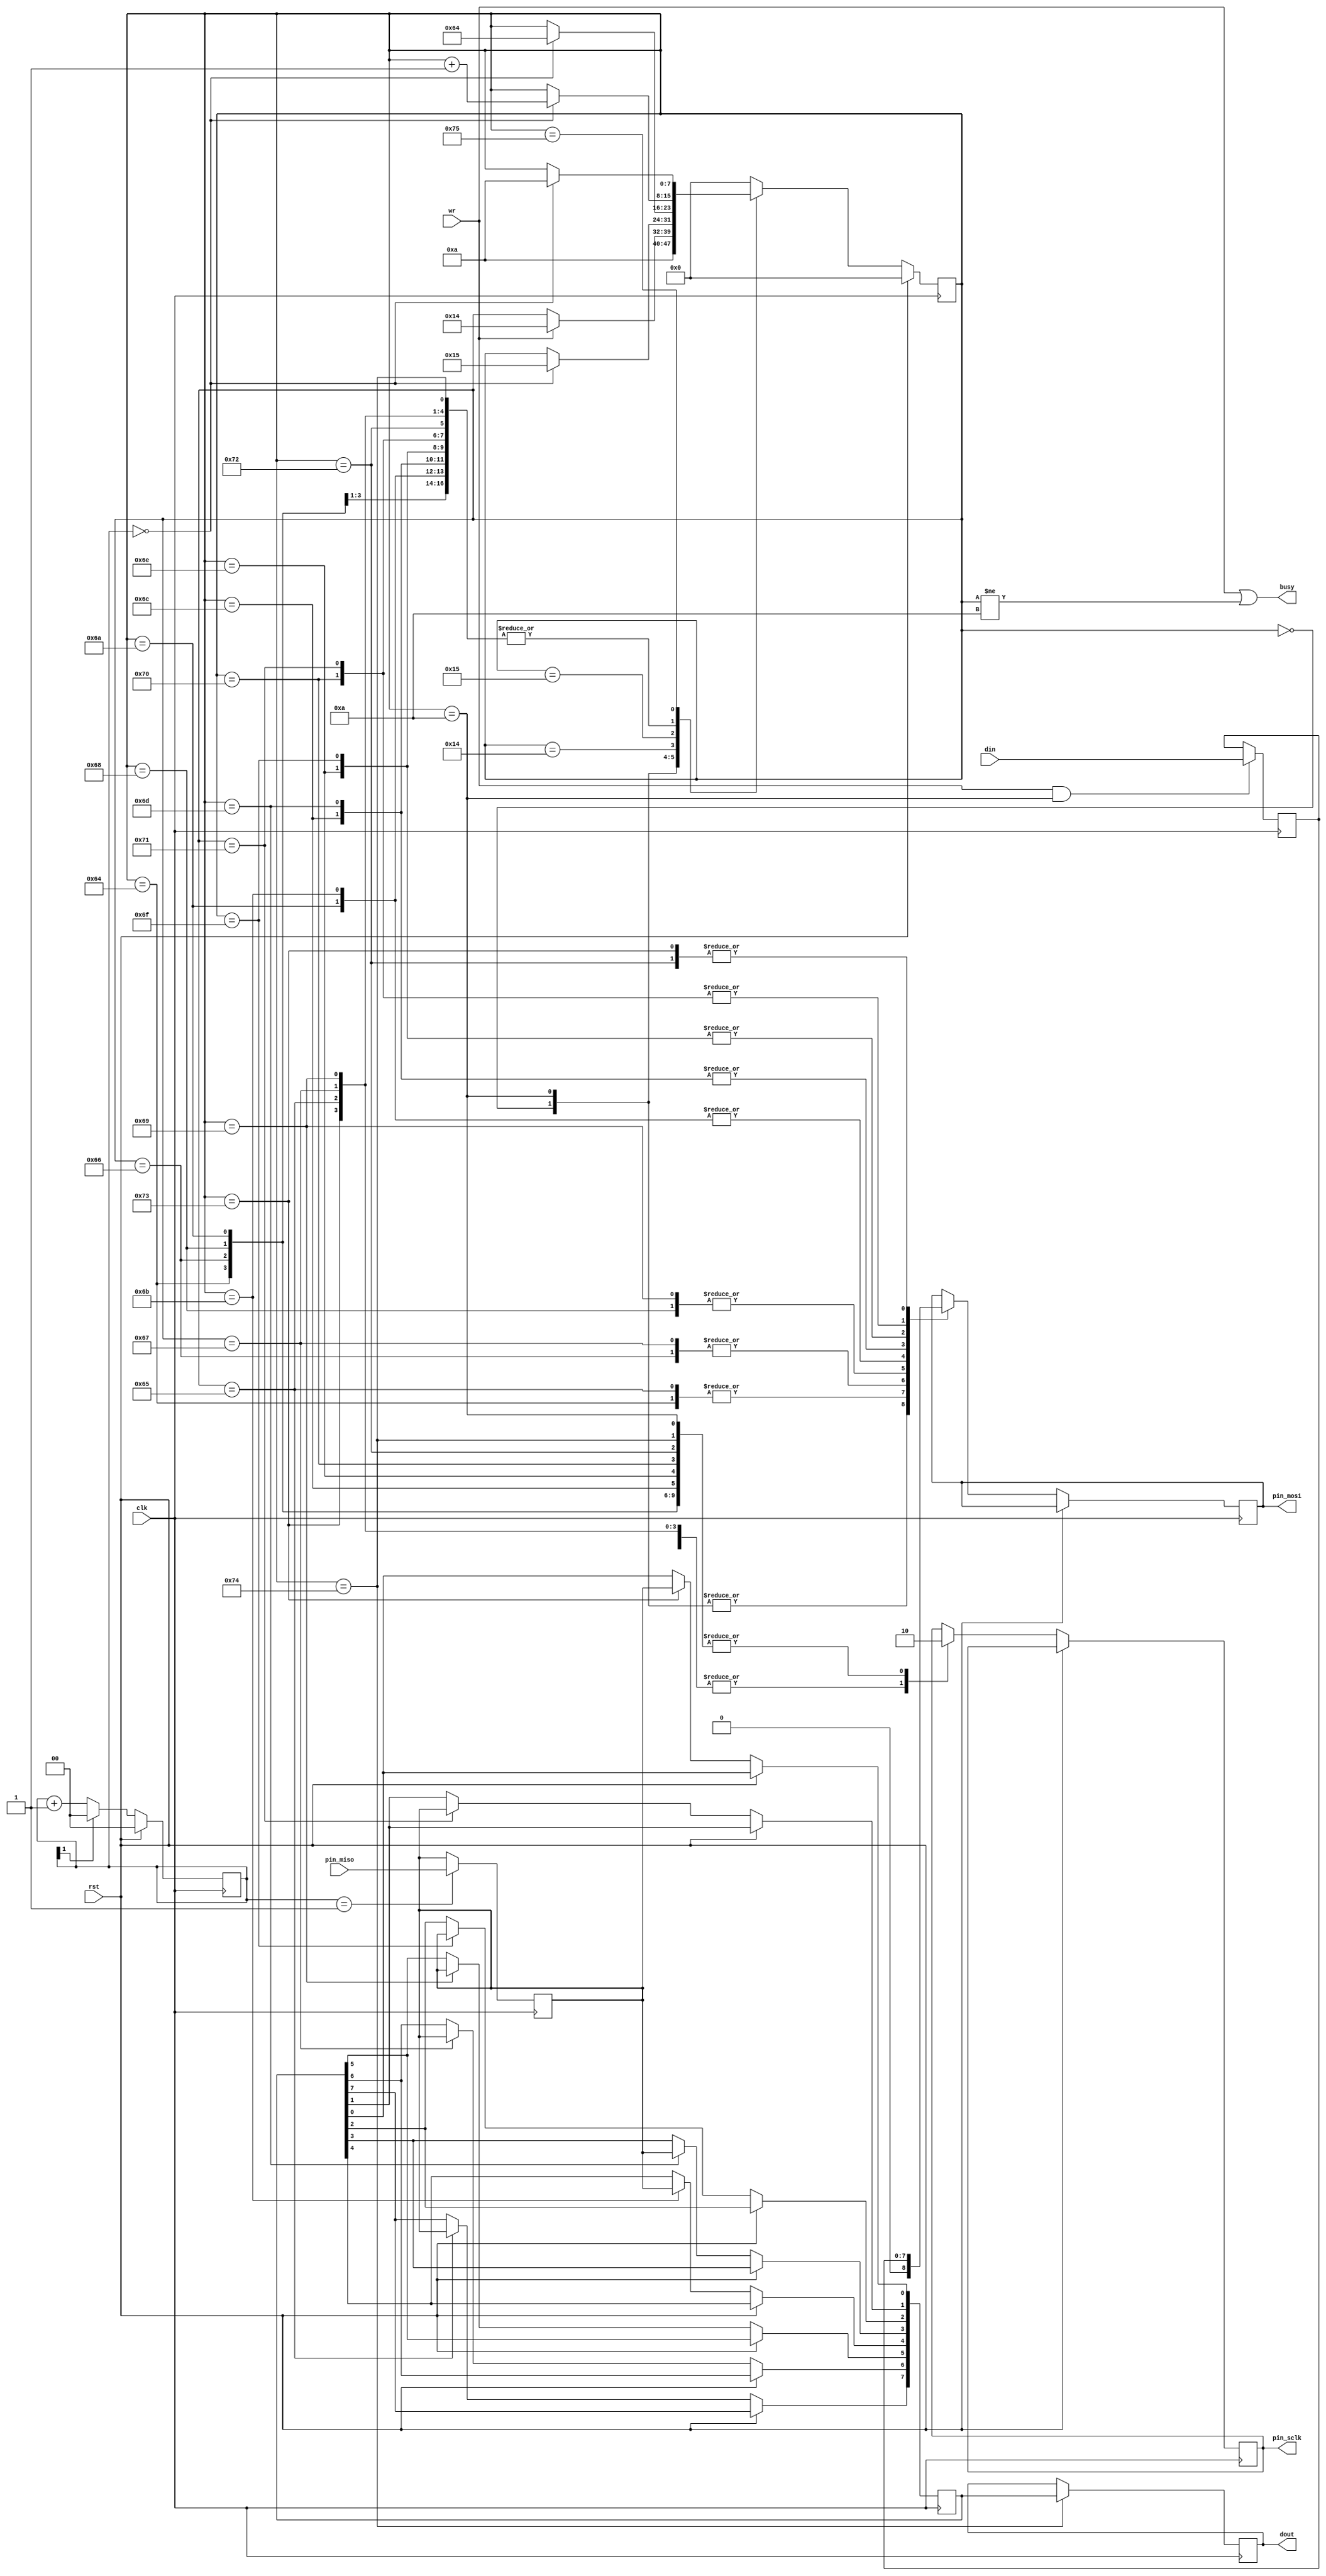

/*

w25_spi_master w25_spi_master (
.clk       (   ) , 
.rst       (   ) , 
.pin_mosi  (   ) , 
.pin_sclk  (   ) , 
.pin_miso  (   ) , 
.wr        (   ) , 
.busy      (   ) ,
.din       (   ) , 
.dout      (   )   
);

*/
module w25_spi_master (
input clk,rst,
output reg  pin_mosi,pin_sclk,
input pin_miso,
input wr,
output busy,
input [7:0] din,
output reg [7:0] dout 
);


//reg [1:0] d ; always @ (posedge clk) if (rst) d<=0; else d<=d+1;
reg [1:0] d ; always @ (posedge clk) if (rst) d<=0; else d<=(d[1])?0:(d+1);
wire move = d == 0; 

reg [7:0] st ;
reg [7:0] out_r8; always@(posedge clk)  if (wr&st==10) out_r8 <= din ;
reg [7:0] in_r8 ; always@(posedge clk)  if (st==116  ) dout <= in_r8 ;
reg  pin_miso_r ; always@(posedge clk)  if (d==1) pin_miso_r<= pin_miso;

always@(posedge clk)  if (rst) st<=0; else case(st)

0  :  begin  st <= 10 ; pin_mosi<=0;pin_sclk<=0;end  

10 : begin   pin_mosi<=0;pin_sclk<=0; if (  wr  ) st<=20  ;end  
20 :   if ( move ) st<=21  ;
21 :   if ( move ) st<=100 ; 

100: begin   pin_sclk<=0;      pin_mosi<=  out_r8[7] ;  if (move) st<=st+1 ;    end 
101: begin   pin_sclk<=1;      pin_mosi<=  out_r8[7] ;  in_r8[7] <= pin_miso_r;if (move) st<=st+1 ;    end 

102: begin   pin_sclk<=0;      pin_mosi<=  out_r8[6] ;  if (move) st<=st+1 ;    end 
103: begin   pin_sclk<=1;      pin_mosi<=  out_r8[6] ;  in_r8[6] <= pin_miso_r;if (move) st<=st+1 ;    end 

104: begin   pin_sclk<=0;      pin_mosi<=  out_r8[5] ;  if (move) st<=st+1 ;    end 
105: begin   pin_sclk<=1;      pin_mosi<=  out_r8[5] ;  in_r8[5] <= pin_miso_r;if (move) st<=st+1 ;    end 

106: begin   pin_sclk<=0;      pin_mosi<=  out_r8[4] ;  if (move) st<=st+1 ;    end 
107: begin   pin_sclk<=1;      pin_mosi<=  out_r8[4] ;  in_r8[4] <= pin_miso_r;if (move) st<=st+1 ;    end 

108: begin   pin_sclk<=0;      pin_mosi<=  out_r8[3] ;  if (move) st<=st+1 ;    end 
109: begin   pin_sclk<=1;      pin_mosi<=  out_r8[3] ;  in_r8[3] <= pin_miso_r;if (move) st<=st+1 ;    end 

110: begin   pin_sclk<=0;      pin_mosi<=  out_r8[2] ;  if (move) st<=st+1 ;    end 
111: begin   pin_sclk<=1;      pin_mosi<=  out_r8[2] ;  in_r8[2] <= pin_miso_r;if (move) st<=st+1 ;    end 

112: begin   pin_sclk<=0;      pin_mosi<=  out_r8[1] ;  if (move) st<=st+1 ;    end 
113: begin   pin_sclk<=1;      pin_mosi<=  out_r8[1] ;  in_r8[1] <= pin_miso_r;if (move) st<=st+1 ;    end 

114: begin   pin_sclk<=0;      pin_mosi<=  out_r8[0] ;  if (move) st<=st+1 ;    end 
115: begin   pin_sclk<=1;      pin_mosi<=  out_r8[0] ;  in_r8[0] <= pin_miso_r;if (move) st<=st+1 ;    end 

116: begin   pin_sclk<=0; if (move)  st<=st+1;end 
117: begin                if (move)  st<=10; end
default st<=0;
endcase

assign busy = (wr==1) || (st!=10) ;

endmodule